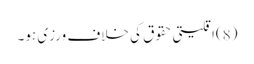
(8)اقلیتی حقوق کی خلاف ورزی ہو۔